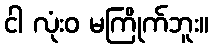
ငါ လုံးဝ မကြိုက်ဘူး။